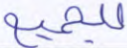
للجميع